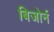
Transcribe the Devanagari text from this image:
बिजोर्न